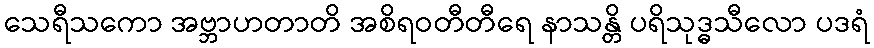
သေရီသကော အဗ္ဘာဟတာတိ အစိရဝတီတီရေ နာသန္တိ ပရိသုဒ္ဓသီလော ပဒရံ